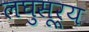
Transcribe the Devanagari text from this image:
लघुसूर्य